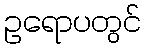
ဥရောပတွင်